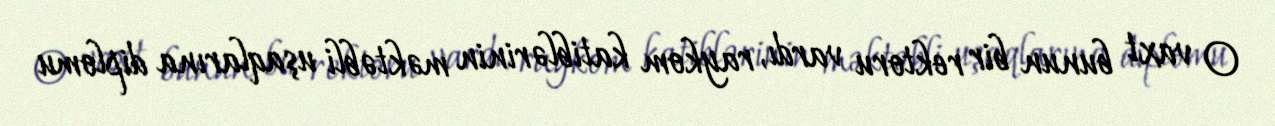
O vaxt bunun bir rektoru vardı, raykom katiblərinin məktəbli uşaqlarına diplomu